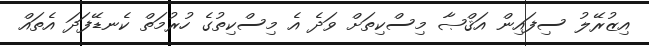
އިޒުރޭލު ސިފައިން އަޤްޞާ މިސްކިތަށް ވަދެ އެ މިސްކިތުގެ ހުރުމަތް ކެނޑޭފަދަ އެތައް